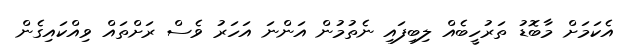
އެކަމަށް މާބޮޑު ތަރުހީބެއް ލިބިފައި ނެތުމުން އަންނަ އަހަރު ވެސް ރަށްތައް ވިއްކައިގެން